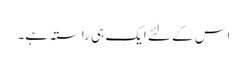
اس کے لئے ایک ہی راستہ ہے۔